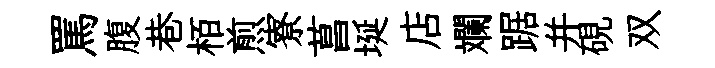
罵腹巷栢煎寮菖埏店斕踞并硯双